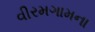
વીરમગામના